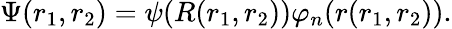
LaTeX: \Psi(r_{1},r_{2})=\psi(R(r_{1},r_{2}))\varphi_{n}(r(r_{1},r_{2})).